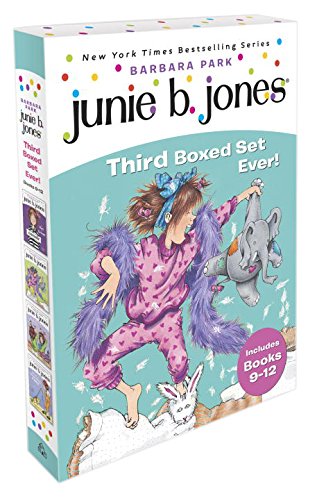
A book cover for Junie B. Jones's Third Boxed Set Ever! (Books 9-12); Barbara Park; Children's Books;